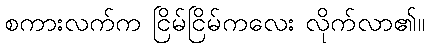
စကားလက်က ငြိမ်ငြိမ်ကလေး လိုက်လာ၏။